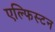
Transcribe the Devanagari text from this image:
एल्फिस्टन